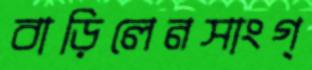
বাড়িলেনসাংগ্